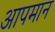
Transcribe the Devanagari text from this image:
आपमान